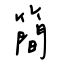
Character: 簡